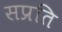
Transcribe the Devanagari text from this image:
सप्रति